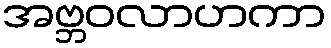
အဗ္ဘဝလာဟကာ